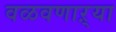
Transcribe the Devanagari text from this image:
वळवणाऱ्या